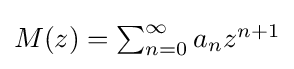
{\textstyle M(z)=\sum _{n=0}^{\infty }a_{n}z^{n+1}}